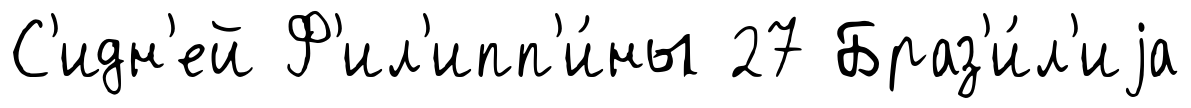
С'идн'ей Ф'ил'ипп'и́ны 27 Браз'и́л'иjа